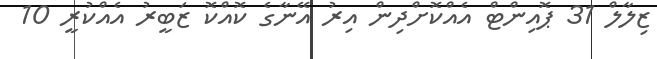
ޒިލާލް 31 ޕޮއިންޓް އެއްކޮށްދިން އިރު އޭނާގެ ކޮއްކޮ ޒަބީރު އެއްކުރީ 10